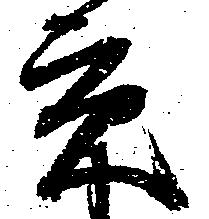
貢